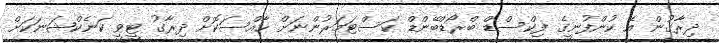
ދިރާގުން އެ ކުންފުނީގެ ފިކްސްޑް ބްރޯޑްބޭންޑް ކަސްޓަމަރުންނަށް ހާއްސަކޮށް ދިރާގު ޓީވީ ކަނެކްޝަނަކަށް